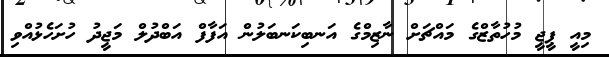
މިއީ ޕީޖީ މުހުތާޒްގެ މައްޗަށް ނާޒިމްގެ އަނބިކަނބަލުން އަފާފް އަބްދުލް މަޖީދު ހުށަހެޅުއްވި